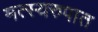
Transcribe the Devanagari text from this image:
मत्स्यरुपात